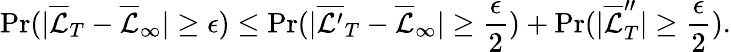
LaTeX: \operatorname*{Pr}(|\overline{{\mathcal{L}}}_{T}-\overline{{\mathcal{L}}}_{\infty}|\geq\epsilon)\leq\operatorname*{Pr}(|\overline{{\mathcal{L}^{\prime}}}_{T}-\overline{{\mathcal{L}}}_{\infty}|\geq\frac{\epsilon}{2})+\operatorname*{Pr}(|\overline{{\mathcal{L}}}_{T}^{\prime\prime}|\geq\frac{\epsilon}{2}).